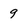
Character: 9